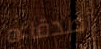
أصدقاءه